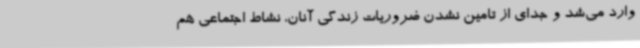
وارد می‌شد و جدای از تامین نشدن ضروریات زندگی آنان، نشاط اجتماعی هم